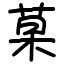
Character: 菒